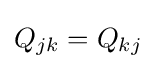
Q_{jk}=Q_{kj}